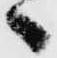
へ